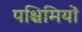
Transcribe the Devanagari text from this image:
पश्चिमियों